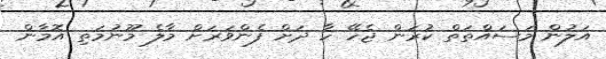
އަލުން މަސައްތަތް ކުރަން ޖެހޭ ހާ ދަށް ފެންވަރަށް މާލެ މޫނުމަތި އޮމާން